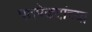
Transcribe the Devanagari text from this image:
पतपेढ्यांच्या